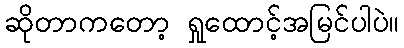
ဆိုတာကတော့ ရှုထောင့်အမြင်ပါပဲ။